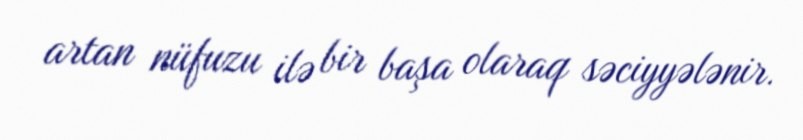
artan nüfuzu ilə bir başa olaraq səciyyələnir.